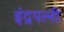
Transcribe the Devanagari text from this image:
इंद्रपत्‍नी